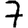
Digit: 7